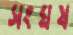
সংঘষ